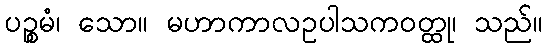
ပဉ္စမံ၊ သော။ မဟာကာလဥပါသကဝတ္ထု၊ သည်။